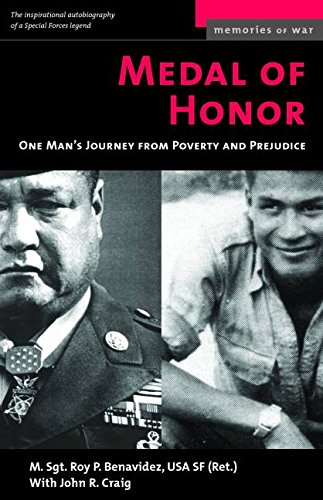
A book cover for Medal of Honor: One Man's Journey From Poverty and Prejudice (Memories of War); Roy P Benavidez; History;